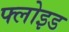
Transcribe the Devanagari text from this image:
फ्लोइड